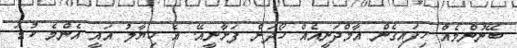
ބޭނުންމެއް ހިފައިގެން އާމްދަނީއެއް ހޯދަން ފަށާނީއޭ. އެ ހިޔާލު އައީ އެންމެ ކުޑަ